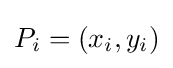
P_{i}=(x_{i},y_{i})